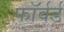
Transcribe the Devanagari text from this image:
फाॅर्वर्ड